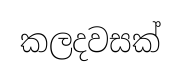
කලදවසක්